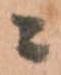
ニ